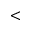
<